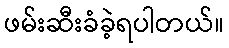
ဖမ်းဆီးခံခဲ့ရပါတယ်။